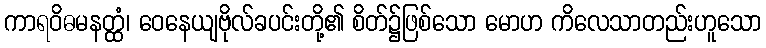
ကာရဝိဓမနတ္ထံ၊ ဝေနေယျဗိုလ်ခပင်းတို့၏ စိတ်၌ဖြစ်သော မောဟ ကိလေသာတည်းဟူသော